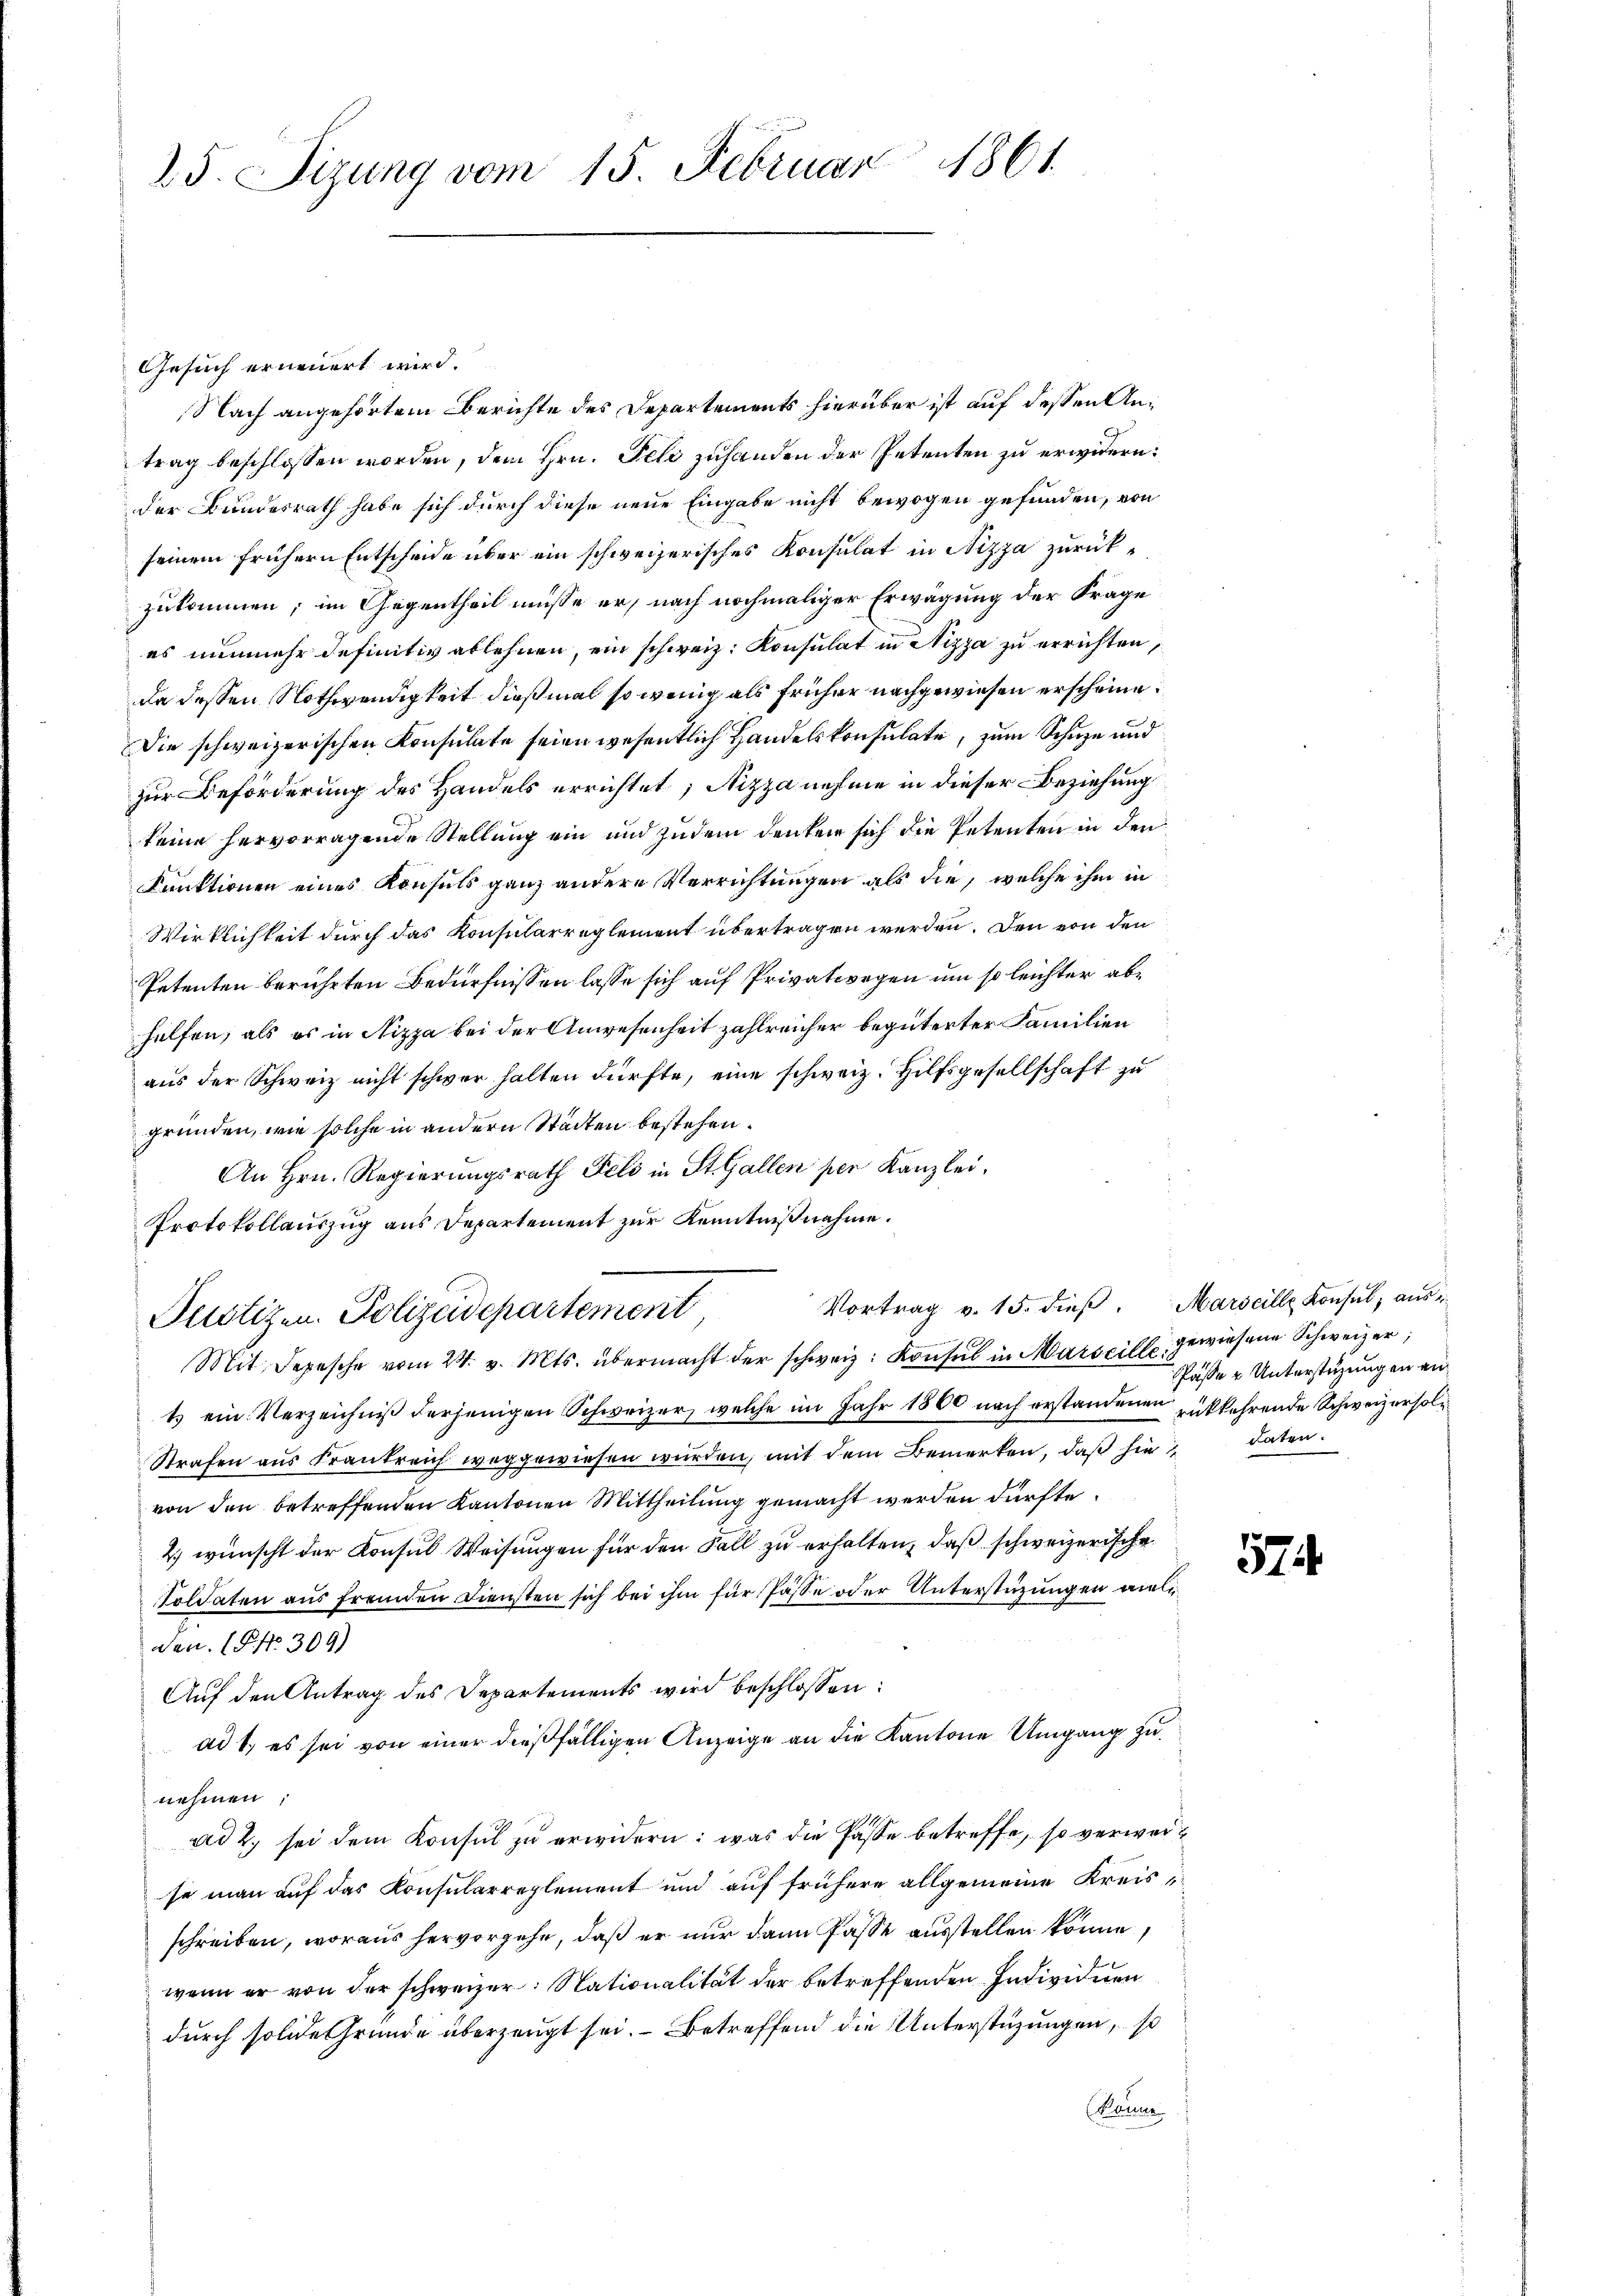
25. Sizung vom 15. Februar 1861.

Gesuch erneuert wird.
Nach angehörtem Berichte des Departements hierüber ist auf dessen Antrag beschlossen worden, dem Hrn. Feli zuhanden der Petenten zu erwidern:
der Bundesrath habe sich durch diese neue Eingabe nicht bewogen gefunden, von
seinem frühern Entscheide über ein schweizerisches Konsulat in Nizza zurückzukommen; im Gegentheil müsse er, nach nochmaliger Erwägung der Frage
es nunmehr definitiv ablehnen, ein schweiz. Konsulat in Nizza zu errichten,
da dessen Nothwendigkeit dießmal so wenig als früher nachgewiesen erscheine
Die schweizerischen Konsulate seien wesentlich Handelskonsulate, zum Schuze und
zur Beförderung des Handels errichtet; Nizza nehme in dieser Beziehung
keine hervorragende Stellung ein und zudem deuten sich die Petenten in den
Funktionen eines Konsuls ganz andere Verrichtungen als die, welche ihm in
Wirklichkeit durch das Konsularreglement übertragen werden. Den von den
Petenten berührten Bedürfnissen lasse sich auf Privatwegen um so leichter abhelfen, als es in Nizza bei der Anwesenheit zahlreicher begüterter Familien
aus der Schweiz nicht schwer halten dürfte, eine schweiz. Hilfsgesellschaft zu
gründen, wie solche in andern Städten bestehen.
An Hrn. Regierungsrath Feld in St. Gallen per Kanzlei,
Protokollauszug aus Departement zur Kenntnißnahme.
Vortrag v. 15. dieβ. Marseille Konsul, aus e
Puotizen. Polizeidepartement,
Mit Depesche vom 24. v. Mts. übermacht der schweiz. Konsul in Marseille gewiesene Schweizer,
t ein Verzeichniß derjenigen Schweizer, welche im Jahr 1860 nach erstandenen rükkehrende Schweizersol¬
Strafen aus Frankreich weggewiesen wurden, mit dem Bemerken, daß sie daten.
von den betreffenden Kantonen Mittheilung gemacht werden dürfte.
4) wünscht der Konsul Weisungen für den Fall zu erhalten, daß schweizerische
Soldaten aus fremden Diensten sich bei ihm für Pässe oder Unterstüzungen viele
den. (T. No. 309)
Auf den Antrag des Departements wird beschlossen:
ad 1., es sei von einer dießfälligen Anzeige an die Kantone Umgang zu
nehmen:
ad 2. sei dem Konsŭl zŭ erwidern: was die Pässe betreffe, so verweise man auf das Konsularreglement und auf frühere allgemeine Kreisschreiben, woraus hervorgehe, daß er nur dann Pässe ausstellen könne,
wenn er von der schweizer: Nationalität der betreffenden Individuen
durch solide Gründe überzeugt sei. – Betreffend die Unterstüzungen, so
könne

Pässe & Unterstüzungen an

57.